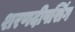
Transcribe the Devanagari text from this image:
शरणदीपसिंग